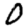
Digit: 0